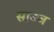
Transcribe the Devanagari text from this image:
साउज